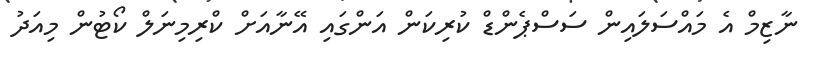
ނާޒިމް އެ މައްސަލައިން ސަސްޕެންޑް ކުރިކަން އަންގައި އޭނާއަށް ކްރިމިނަލް ކޯޓުން މިއަދު